Civil Veterinary Dept. Bombay admin report 1914-1922 - 1914-1922
Year: 1914
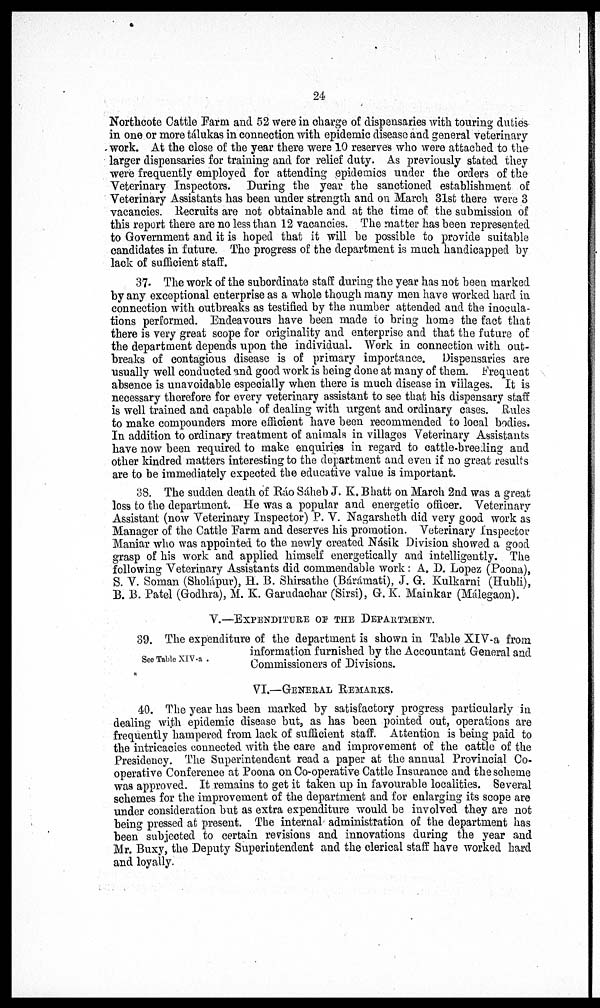
24
Northcote Cattle Farm and 52 were in charge of dispensaries with touring duties
in one or more tálukas in connection with epidemic disease and general veterinary
work. At the close of the year there were 10 reserves who were attached to the
larger dispensaries for training and for relief duty. As previously stated they
were frequently employed for attending epidemics under the orders of the
Veterinary Inspectors. During the year the sanctioned establishment of
Veterinary Assistants has been under strength and on March 31st there were 3
vacancies. Recruits are not obtainable and at the time of the submission of
this report there are no less than 12 vacancies. The matter has been represented
to Government and it is hoped that it will be possible to provide suitable
candidates in future. The progress of the department is much handicapped by
lack of sufficient staff.
37. The work of the subordinate staff during the year has not been marked
by any exceptional enterprise as a whole though many men have worked hard in
connection with outbreaks as testified by the number attended and the inocula-
tions performed. Endeavours have been made to bring home the fact that
there is very great scope for originality and enterprise and that the future of
the department depends upon the individual. Work in connection with out-
breaks of contagious disease is of primary importance. Dispensaries are
usually well conducted and good work is being done at many of them. Frequent
absence is unavoidable especially when there is much disease in villages. It is
necessary therefore for every veterinary assistant to see that his dispensary staff
is well trained and capable of dealing with urgent and ordinary cases. Rules
to make compounders more efficient have been recommended to local bodies.
In addition to ordinary treatment of animals in villages Veterinary Assistants
have now been required to make enquiries in regard to cattle-breeding and
other kindred matters interesting to the department and even if no great results
are to be immediately expected the educative value is important.
38. The sudden death of Rao Sáheb J. K. Bhatt on March 2nd was a great
loss to the department. He was a popular and energetic officer. Veterinary
Assistant (now Veterinary Inspector) P. V. Nagarsheth did very good work as
Manager of the Cattle Farm and deserves his promotion. Veterinary Inspector
Maniar who was appointed to the newly created Násik Division showed a good
grasp of his work and applied himself energetically and intelligently. The
following Veterinary Assistants did commendable work : A. D. Lopez (Poona),
S. V. Soman (Sholápur), H. B. Shirsathe (Bárámati), J. G. Kulkarni (Hubli),
B. B. Patel (Godhra), M. K. Garudachar (Sirsi), G. K. Mainkar (Málegaon).
V.—EXPENDITURE OF THE DEPARTMENT.
See Table XIV.a.
39. The expenditure of the department is shown in Table XIV-a from
information furnished by the Accountant General and
Commissioners of Divisions.
VI.—GENERAL REMARKS.
40. The year has been marked by satisfactory progress particularly in
dealing with epidemic disease but, as has been pointed out, operations are
frequently hampered from lack of sufficient staff. Attention is being paid to
the intricacies connected with the care and improvement of the cattle of the
Presidency. The Superintendent read a paper at the annual Provincial Co-
operative Conference at Poona on Co-operative Cattle Insurance and the scheme
was approved. It remains to get it taken up in favourable localities. Several
schemes for the improvement of the department and for enlarging its scope are
under consideration but as extra expenditure would be involved they are not
being pressed at present. The internal administration of the department has
been subjected to certain revisions and innovations during the year and
Mr. Buxy, the Deputy Superintendent and the clerical staff have worked hard
and loyally.